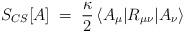
LaTeX: \begin{align*}S_{CS}[A]\;=\; \frac{\kappa}{2}\, \langle A_\mu | R_{\mu\nu}| A_\nu \rangle\end{align*}